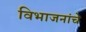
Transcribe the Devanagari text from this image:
विभाजनांचे